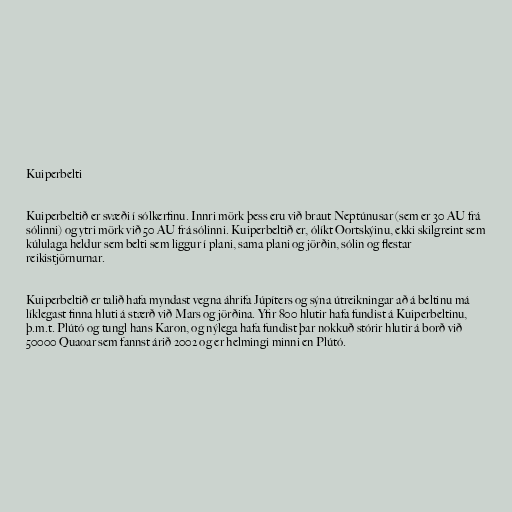
Kuiperbelti

Kuiperbeltið er svæði í sólkerfinu. Innri mörk þess eru við braut Neptúnusar (sem er 30 AU frá
sólinni) og ytri mörk við 50 AU frá sólinni. Kuiperbeltið er, ólíkt Oortskýinu, ekki skilgreint sem
kúlulaga heldur sem belti sem liggur í plani, sama plani og jörðin, sólin og flestar
reikistjörnurnar.

Kuiperbeltið er talið hafa myndast vegna áhrifa Júpíters og sýna útreikningar að á beltinu má
líklegast finna hluti á stærð við Mars og jörðina. Yfir 800 hlutir hafa fundist á Kuiperbeltinu,
þ.m.t. Plútó og tungl hans Karon, og nýlega hafa fundist þar nokkuð stórir hlutir á borð við
50000 Quaoar sem fannst árið 2002 og er helmingi minni en Plútó.